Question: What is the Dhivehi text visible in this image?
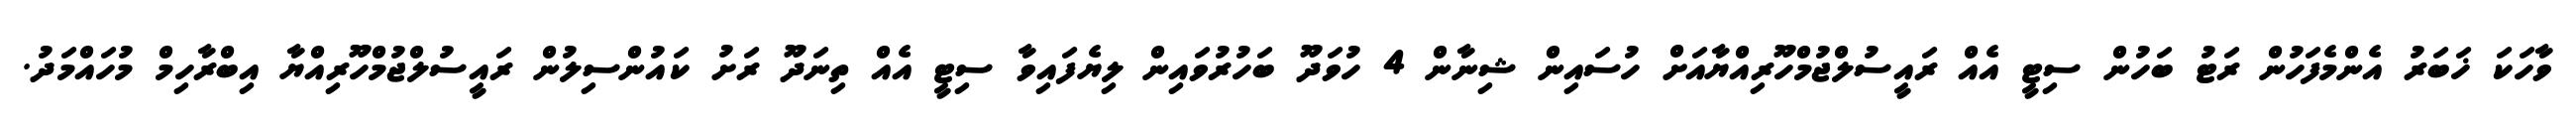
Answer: ވާހަކަ ޚަބަރު އެންމެފަހުން ރަޓު ބަހުން ސިޓީ އެއް ރައީސުލްޖުމްހޫރިއްޔާއަށް ހުސައިން ޝިނާން 4 ހުވަދޫ ބަހުރުވައިން ލިޔެފައިވާ ސިޓީ އެއް ތިނަދޫ ރަށު ކައުންސިލުން ރައީސުލްޖުމްހޫރިއްޔާ އިބްރާހިމް މުހައްމަދު.